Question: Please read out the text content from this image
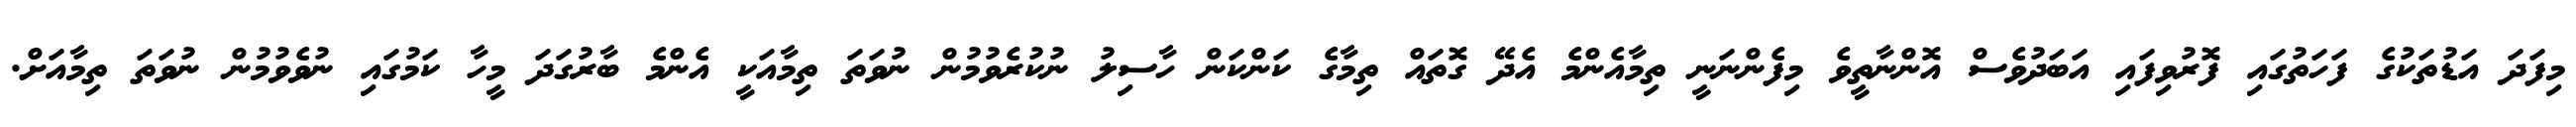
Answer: މިފަދަ އަޑުތަކުގެ ފަހަތުގައި ފޮރުވިފައި އަބަދުވެސް އޮންނާތީވެ މިފެންނަނީ ތިމާއެންމެ އެދޭ ގޮތައް ތިމާގެ ކަންކަން ހާސިލު ނުކުރެވުމުން ނުވަތަ ތިމާއަކީ އެންމެ ބާރުގަދަ މީހާ ކަމުގައި ނުވެވުމުން ނުވަތަ ތިމާއަށް.